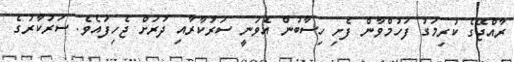
ރާއްޖޭގެ ކުރިމަގު ފަހުމްވާން ފެށި ހިސާބުން އެވަނީ ސަރުކާރާއި ދުރަށް ޖެހިފައެވެ. ސަރުކާރުގެ